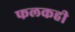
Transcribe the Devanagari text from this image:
फलकही